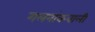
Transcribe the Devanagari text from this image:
गलनांकवाली